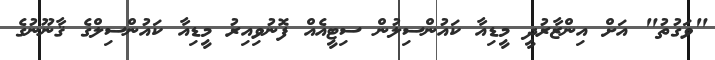
"ވަގުތު" އަށް އިންޒާރުދީ މީޑިއާ ކައުންސިލުން ސިޓީއެއް ފޮނުވިއިރު މީޑިއާ ކައުންސިލްގެ ޤާނޫނުގެ